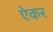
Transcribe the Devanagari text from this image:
ऐकर